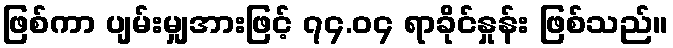
ဖြစ်ကာ ပျမ်းမျှအားဖြင့် ၇၄.၀၄ ရာခိုင်နှုန်း ဖြစ်သည်။